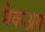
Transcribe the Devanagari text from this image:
मेकअप